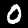
Label: 0